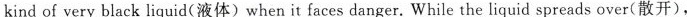
kind of very black liquid(液体)when it faces danger. While the liquid spreads over(散开),